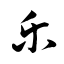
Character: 乐